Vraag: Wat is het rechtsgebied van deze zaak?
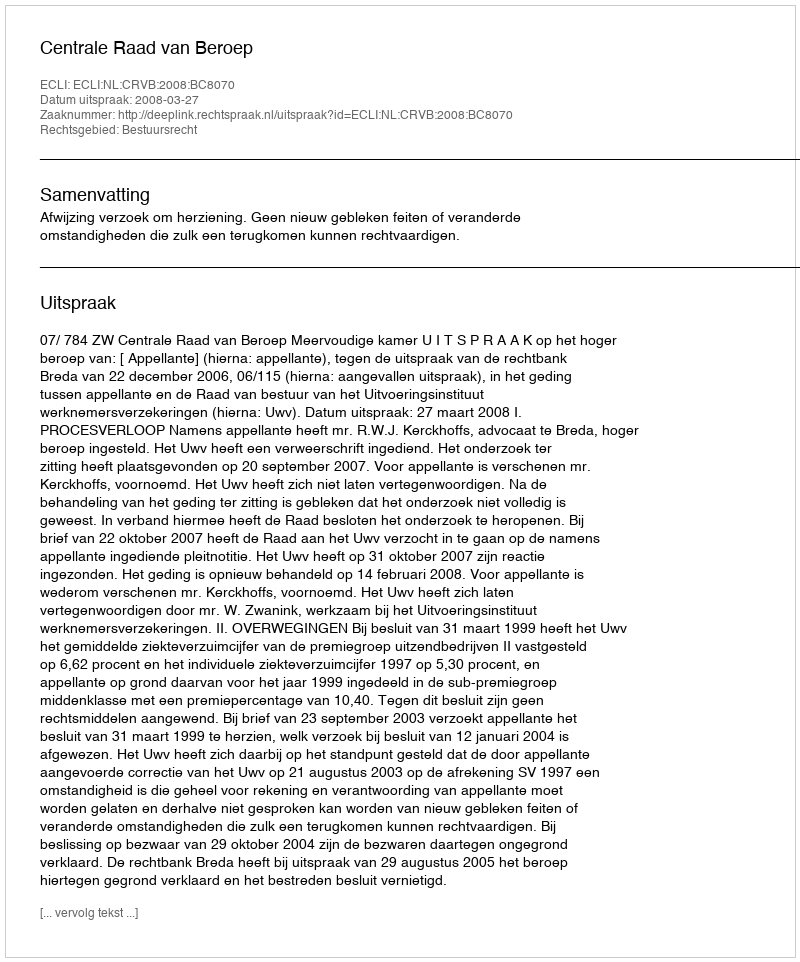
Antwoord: Bestuursrecht